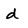
Character: d